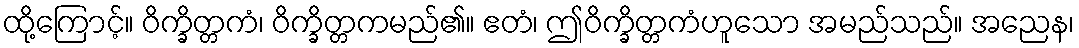
ထို့ကြောင့်။ ဝိက္ခိတ္တကံ၊ ဝိက္ခိတ္တကမည်၏။ ဧတံ၊ ဤဝိက္ခိတ္တကံဟူသော အမည်သည်။ အညေန၊